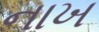
નાખ